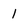
Character: 1